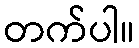
တက်ပါ။